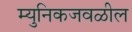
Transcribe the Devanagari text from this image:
म्युनिकजवळील